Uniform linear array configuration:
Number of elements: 4
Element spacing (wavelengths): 0.5
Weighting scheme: cosine
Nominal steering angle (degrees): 0
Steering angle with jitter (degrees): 0.7442
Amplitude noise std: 0.05
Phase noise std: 0.05

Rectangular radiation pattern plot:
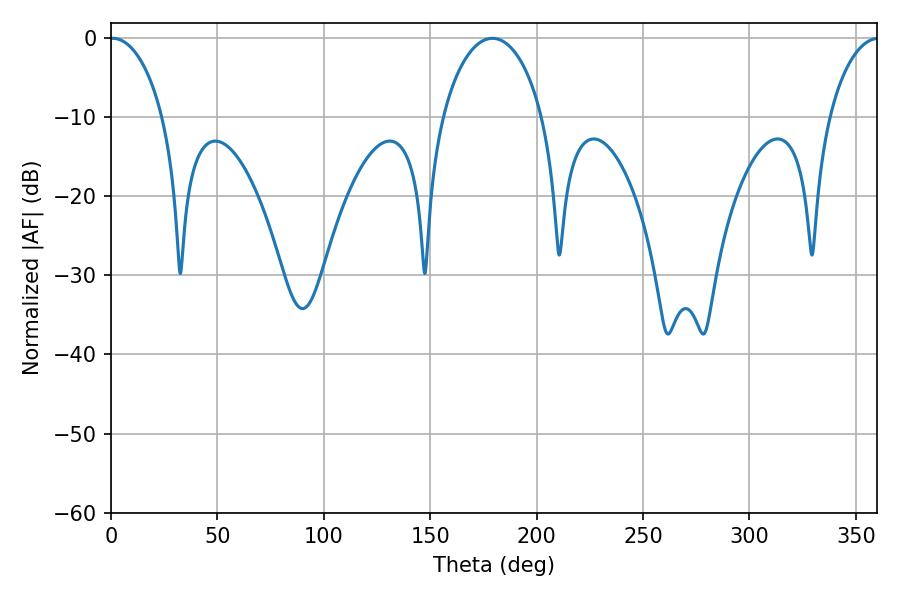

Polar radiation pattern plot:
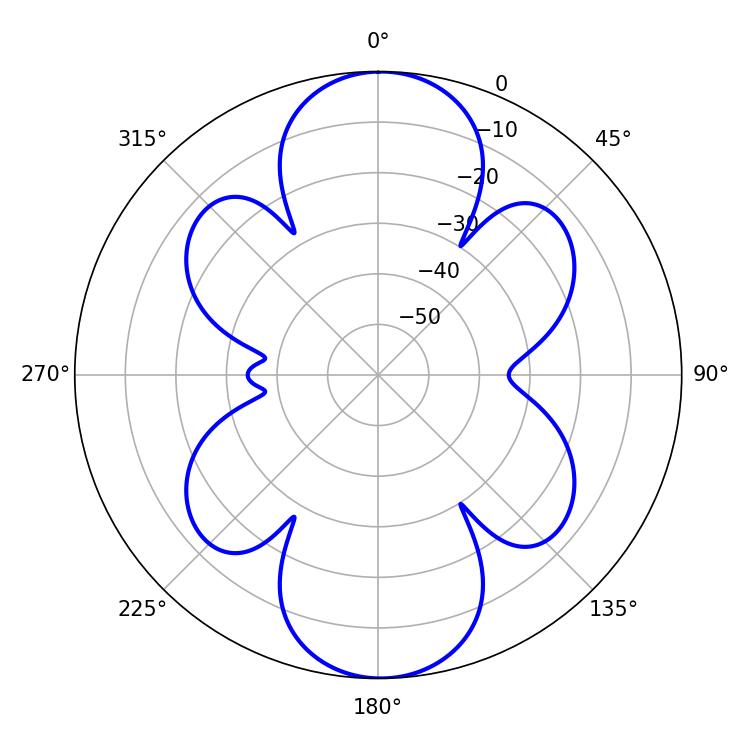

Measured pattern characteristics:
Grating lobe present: FALSE
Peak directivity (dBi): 21.514
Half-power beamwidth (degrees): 14.22
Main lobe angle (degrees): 0.72